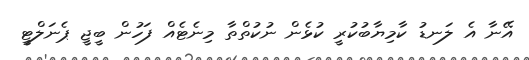
އޭނާ އެ ލަނޑު ކާމިޔާބުކުރީ ކުޅެން ނުކުތްތާ މިނެޓެއް ފަހުން ބީޖީ ޕެނަލްޓީ